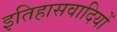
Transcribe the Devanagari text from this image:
इतिहासवादियों